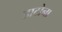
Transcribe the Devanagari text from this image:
डाटोना